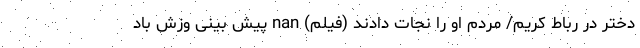
دختر در رباط کریم/ مردم او را نجات دادند (فیلم) nan پیش بینی وزش باد